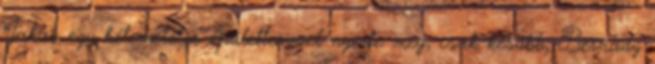
Jakab egy kétemeletes épülettervvel nyerte meg, csak később, Bernády